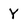
Character: Y